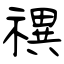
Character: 禩